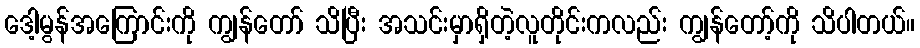
ဒေါ့မွန်အကြောင်းကို ကျွန်တော် သိပြီး အသင်းမှာရှိတဲ့လူတိုင်းကလည်း ကျွန်တော့်ကို သိပါတယ်။